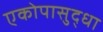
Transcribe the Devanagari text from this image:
एकोपासुद्धा